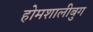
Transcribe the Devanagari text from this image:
होमशालीबुग